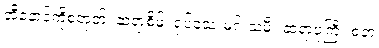
အီနောင်ကိုစံတုတ်၊ ဆရာစိမ့်၊ ရုပ်သေးမင်းသမီး ဆရာပုကြီး စတဲ့